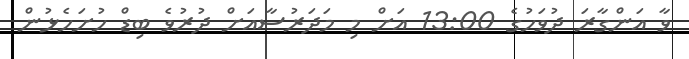
ވާ އަންގާރަ ދުވަހުގެ 13:00 އަށް މި މަދަރުސާއަށް ދުރުވެ ބިޑް ހުށަހެޅުން